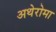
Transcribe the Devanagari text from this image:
अथेरोमा